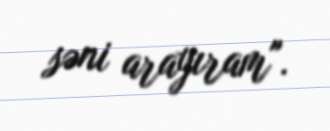
səni arayıram".